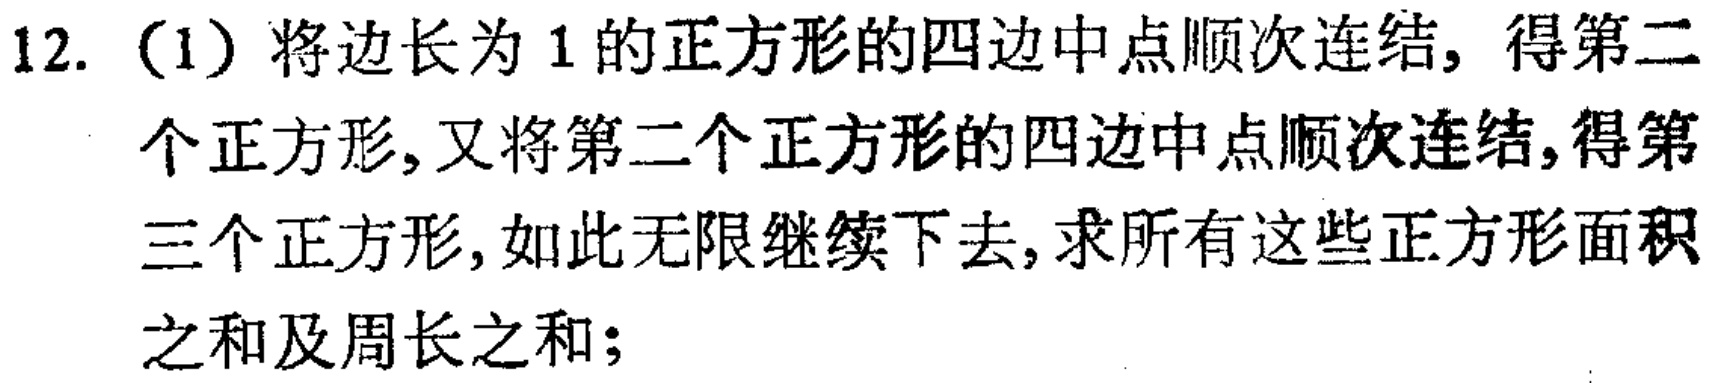
12. (1) 将边长为 \(1\) 的正方形的四边中点顺次连结，得第二个正方形，又将第二个正方形的四边中点顺次连结，得第三个正方形，如此无限继续下去，求所有这些正方形面积之和及周长之和；